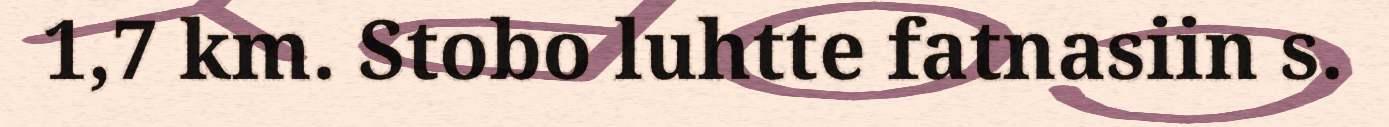
1,7 km. Stobo luhtte fatnasiin s.